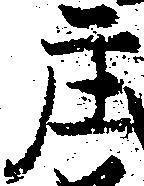
庄